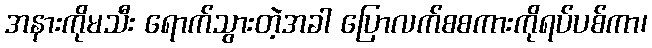
အနားကိုမသီး ရောက်သွားတဲ့အခါ ပြောလက်စစကားကိုရပ်ပစ်ကာ၊